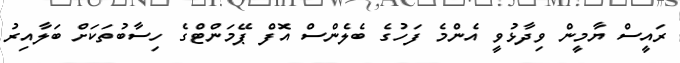
ރައީސް ޔާމީން ވިދާޅުވީ އެންމެ ފަހުގެ ބެލެންސް އޮފް ޕޭމަންޓްގެ ހިސާބުތަކަށް ބަލާއިރު